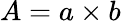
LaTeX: A=a\times b